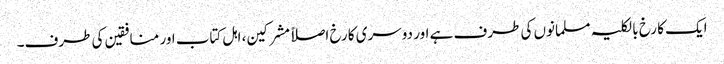
ایک کا رخ بالکلیہ مسلمانوں کی طرف ہے اور دوسری کا رخ اصلاً مشرکین، اہل کتاب اور منافقین کی طرف۔